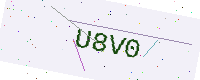
Text: U8V0